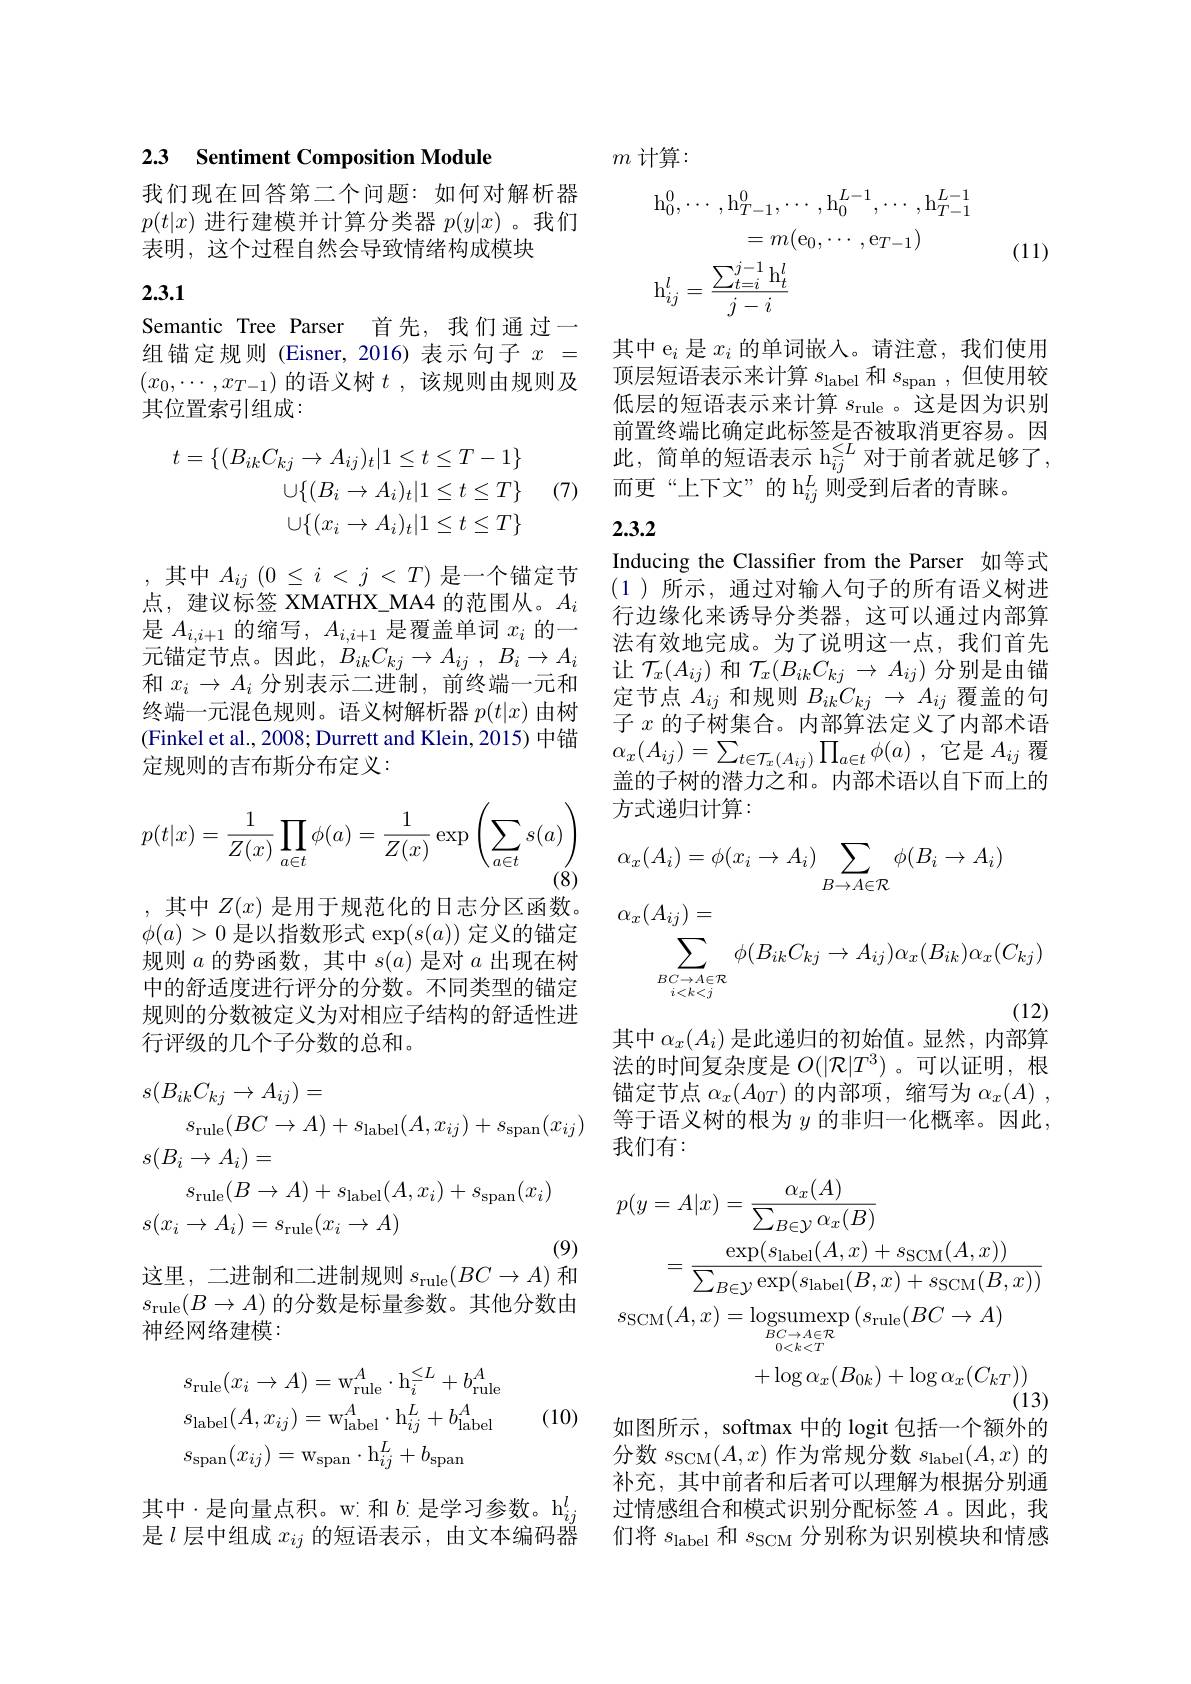
2.3 Sentiment Composition Module

我们现在回答第二个问题：如何对解析器$p(t|x)$进行建模并计算分类器$p(y|x)$。我们表明，这个过程自然会导致情绪构成模块

2.3.1

Semantic Tree Parser 首先，我们通过一组锚定规则 (Eisner,2016)表示句子$x=$ $(x_0,\cdots,x_{T-1})$的语义树$t$ ,该规则由规则及其位置索引组成：

(7)
$$\begin{aligned}t=\{(B_{ik}C_{kj}\to A_{ij})_t|1\leq t\leq T-1\}\\\cup\{(B_i\to A_i)_t|1\leq t\leq T\}\\\cup\{(x_i\to A_i)_t|1\leq t\leq T\}\end{aligned}$$
,其中$A_ij(0\leq i<j<T)$是一个锚定节点，建议标签 XMATHX\_MA4 的范围从。$A_i$ 是$A_{i,i+1}$的缩写，$A_i,i+1$是覆盖单词$x_i$的一元锚定节点。因此，$B_ikC_{kj}\to A_{ij}$ , $B_i\to A_i$ 和$x_i\to A_i$分别表示二进制，前终端一元和终端一元混色规则。语义树解析器$p(t|x)$由树(Finkel et al., 2008; Durrett and Klein, 2015) 中锚定规则的吉布斯分布定义：
$$p(t|x)=\frac{1}{Z(x)}\prod_{a\in t}\phi(a)=\frac{1}{Z(x)}\exp\left(\sum_{a\in t}s(a)\right)$$
,其中$Z(x)$是用于规范化的日志分区函数。

$\phi(a)>0$是以指数形式$\exp(s(a))$定义的锚定规则$a$的势函数，其中$s(a)$是对$a$出现在树中的舒适度进行评分的分数。不同类型的锚定规则的分数被定义为对相应子结构的舒适性进行评级的几个子分数的总和。
$$\begin{aligned}&s(B_{ik}C_{kj}\to A_{ij})=\\&s_{\mathrm{rule}}(BC\to A)+s_{\mathrm{label}}(A,x_{ij})+s_{\mathrm{span}}(x_{ij})\\&s(B_{i}\to A_{i})=\\&s_{\mathrm{rule}}(B\to A)+s_{\mathrm{label}}(A,x_{i})+s_{\mathrm{span}}(x_{i})\\&s(x_{i}\to A_{i})=s_{\mathrm{rule}}(x_{i}\to A)\end{aligned}$$
这里，二进制和二进制规则$s_\mathrm{rule}(BC\rightarrow A)$ 和

$s_{\mathrm{rule}}(B\to A)$的分数是标量参数。其他分数由
神经网络建模：

(10)
$$\begin{aligned}&s_{\mathrm{rule}}(x_{i}\to A)=\mathrm{w}_{\mathrm{rule}}^{A}\cdot\mathrm{h}_{i}^{\leq L}+b_{\mathrm{rule}}^{A}\\&s_{\mathrm{label}}(A,x_{ij})=\mathrm{w}_{\mathrm{label}}^{A}\cdot\mathrm{h}_{ij}^{L}+b_{\mathrm{label}}^{A}\\&s_{\mathrm{span}}(x_{ij})=\mathrm{w}_{\mathrm{span}}\cdot\mathrm{h}_{ij}^{L}+b_{\mathrm{span}}\end{aligned}$$
其中·是向量点积。w:和$b$:是学习参数。h$_ij^l$ 是$l$层中组成$x_ij$的短语表示，由文本编码器

$m$计算：
$$\mathrm{h}_{0}^{0},\cdots,\mathrm{h}_{T-1}^{0},\cdots,\mathrm{h}_{0}^{L-1},\cdots,\mathrm{h}_{T-1}^{L-1}\\=m(\mathrm{e}_{0},\cdots,\mathrm{e}_{T-1})\\\mathrm{h}_{ij}^{l}=\frac{\sum_{t=i}^{j-1}\mathrm{h}_{t}^{l}}{j-i}$$
(11)

其中 e$_i$是$x_i$的单词嵌入。请注意，我们使用顶层短语表示来计算$s_\mathrm{label}$和$s_\mathrm{span}$,但使用较低层的短语表示来计算$s_\mathrm{rule}$ 。这是因为识别前置终端比确定此标签是否被取消更容易。因此，简单的短语表示 h$_ij^{\leq L}$ 对于前者就足够了， 而更“上下文”的 h$_{ij}^L$则受到后者的青睐。

## 2.3.2

Inducing the Classifer from the Parser 如等式(1)所示，通过对输入句子的所有语义树进行边缘化来诱导分类器，这可以通过内部算法有效地完成。为了说明这一点，我们首先让$\mathcal{T}_x(A_{ij})$和$\mathcal{T}_x(B_{ik}C_{kj}\to A_{ij})$分别是由锚定节点$A_ij$和规则$B_ikC_{kj}\to A_{ij}$覆盖的句子$x$的子树集合。内部算法定义了内部术语$\alpha _{x}( A_{ij}) = \sum _{t\in \mathcal{T} _{x}( A_{ij}) }\prod _{a\in t}\phi ( a)$ ,它是$A_ij$覆盖的子树的潜力之和。内部术语以自下而上的方式递归计算：
$$\begin{aligned}&\alpha_{x}(A_{i})=\phi(x_{i}\to A_{i})\sum_{B\to A\in\mathcal{R}}\phi(B_{i}\to A_{i})\\&\alpha_{x}(A_{ij})=\\&\sum_{\substack{BC\to A\in\mathcal{R}\\i<k<j}}\phi(B_{ik}C_{kj}\to A_{ij})\alpha_{x}(B_{ik})\alpha_{x}(C_{kj})\end{aligned}$$
其中$\alpha_x(A_i)$是此递归的初始值。显然，内部算

法的时间复杂度是$O(|\mathcal{R}|T^3)$ 。可以证明，根锚定节点$\alpha_x(A_{0T})$的内部项，缩写为$\alpha _x( A)$ , 等于语义树的根为 $y$ 的非归一化概率。因此， 我们有：
$$\begin{aligned}p(y=A|x)&=\frac{\alpha_{x}(A)}{\sum_{B\in\mathcal{Y}}\alpha_{x}(B)}\\&=\frac{\exp(s_{\mathrm{label}}(A,x)+s_{\mathrm{SCM}}(A,x))}{\sum_{B\in\mathcal{Y}}\exp(s_{\mathrm{label}}(B,x)+s_{\mathrm{SCM}}(B,x))}\\s_{\mathrm{SCM}}(A,x)&=\underset{BC\rightarrow A\in T}{\operatorname*{logsumexp}}(s_{\mathrm{rule}}(BC\rightarrow A)\\&+\log\alpha_{x}(B_{0k})+\log\alpha_{x}(C_{kT}))\end{aligned}$$
如图所示，softmax 中的 logit 包括一个额外的分数$s_{\mathrm{SCM}}(A,x)$作为常规分数$s_{\mathrm{label}}(A,x)$的补充，其中前者和后者可以理解为根据分别通过情感组合和模式识别分配标签$A$。因此，我们将$s_\mathrm{label}$和$s_\mathrm{SCM}$分别称为识别模块和情感